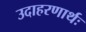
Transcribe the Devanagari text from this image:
उदाहरणार्थः